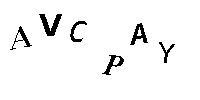
AVCPAY